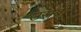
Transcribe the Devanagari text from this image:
उसेबी